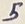
Text: 5